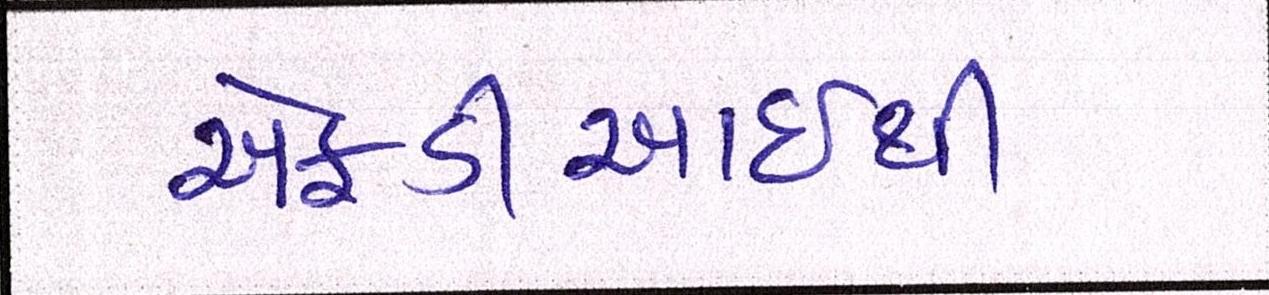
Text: એફડીઆઇથી